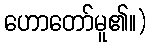
ဟောတော်မူ၏။)